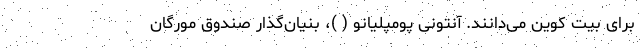
برای بیت کوین می‌دانند. آنتونی پومپلیانو ( )، بنیان‌گذار صندوق مورگان